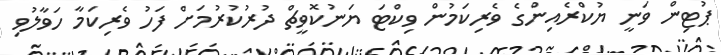
ޕުޓިން ވަނީ ޔުކްރެެއިންގެ ވެރިކަމުން ވިކްޓަ ޔަނުކޮވީޗް ދުރުކުރުމަށް ފަހު ވެރިކަމާ ހަވާލުވި